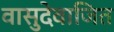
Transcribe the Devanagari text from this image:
वासुदेवाजित